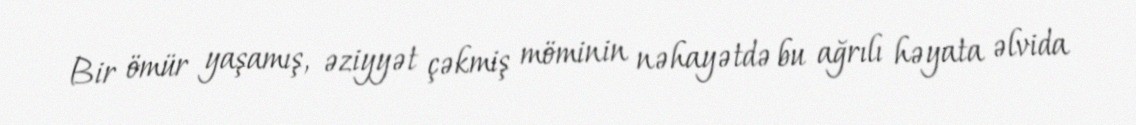
Bir ömür yaşamış, əziyyət çəkmiş möminin nəhayətdə bu ağrılı həyata əlvida